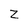
Character: Z